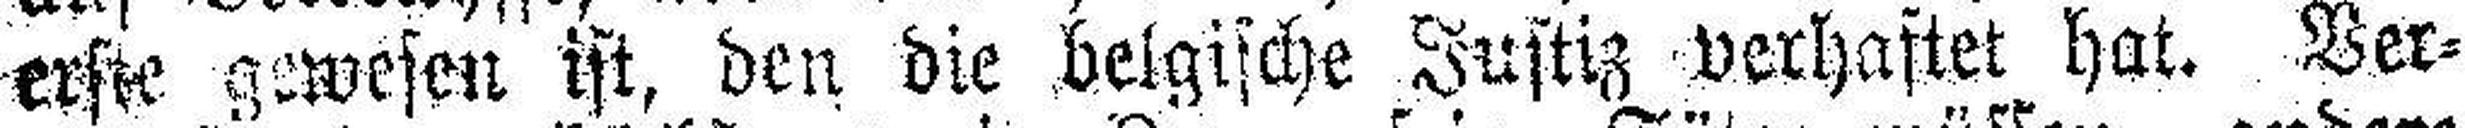
erste gewesen ist, den die belgische Justiz verhaftet hat. Ver¬